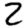
Digit: 2